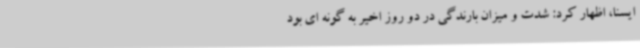
ایسنا، اظهار کرد: شدت و میزان بارندگی در دو روز اخیر به گونه ای بود